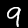
Digit: 9